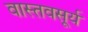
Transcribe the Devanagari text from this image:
वास्तवसूर्य